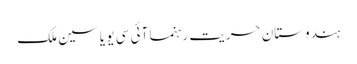
ہندوستان حریت رہنما آئی سی یو یاسین ملک